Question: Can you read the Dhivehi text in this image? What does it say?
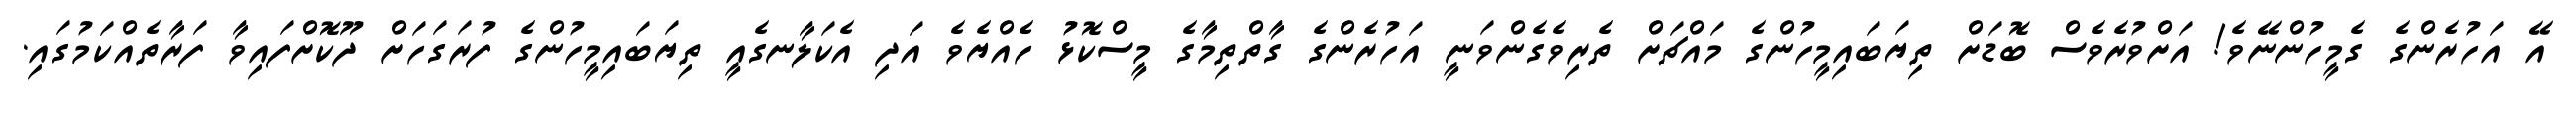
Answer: އޭ އަހުރެންގެ ގެމީހުންނޭވެ! އަށްވުރެވެސް ބޮޑަށް ތިޔަބައިމީހުންގެ މައްޗަށް ތެރިވެގެންވަނީ އަހުރެންގެ ގާތްތިމާގެ މީސްކޮޅު ހެއްޔެވެ އަދި އެކަލާނގެއީ ތިޔަބައިމީހުންގެ ފުރަގަހަށް ދޫކޮށްފައިވާ ފަރާތެއްކަމުގައި.